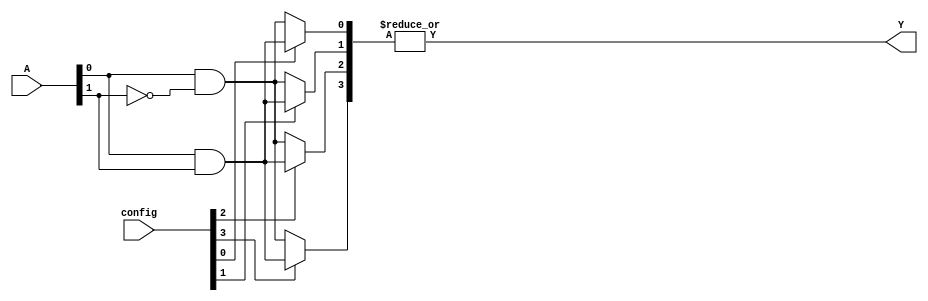
module gpal #(
    parameter NUM_INPUTS = 4,       // Number of inputs, configurable
    parameter NUM_AND_GATES = 4,     // Number of AND gates, configurable
    parameter NUM_OUTPUTS = 1         // Number of outputs, configurable
)(
    input  wire [NUM_INPUTS-1:0] A,    // Input vector
    input  wire [NUM_AND_GATES-1:0] config, // Configuration for AND gates
    output wire [NUM_OUTPUTS-1:0] Y     // Output vector
);

    // Define the programmable AND array
    wire [NUM_AND_GATES-1:0] and_output;

    genvar i;
    generate
        for (i = 0; i < NUM_AND_GATES; i = i + 1) begin : and_array
            // Each AND gate can use any combination of inputs or their complements
            assign and_output[i] = config[i] ? (A[0] & A[1]) : (A[0] & ~A[1]); // Example combination for configurability
            // More complex configurations can be added here
        end
    endgenerate

    // Fixed OR array
    assign Y = |and_output; // Single output ORing all AND gate outputs

endmodule